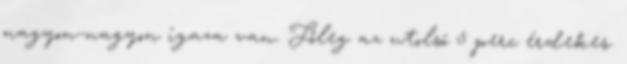
nagyon-nagyon igaza van. Főleg az utolsó 5 perc érdekes.